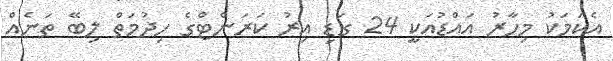
އެކަމަކު މިހާރު އައްޑުއަކީ 24 ގަޑި އިރު ކަރަންޓްގެ ހިދުމަތް ލިބޭ ތަނެއް